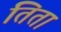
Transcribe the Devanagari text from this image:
तिता